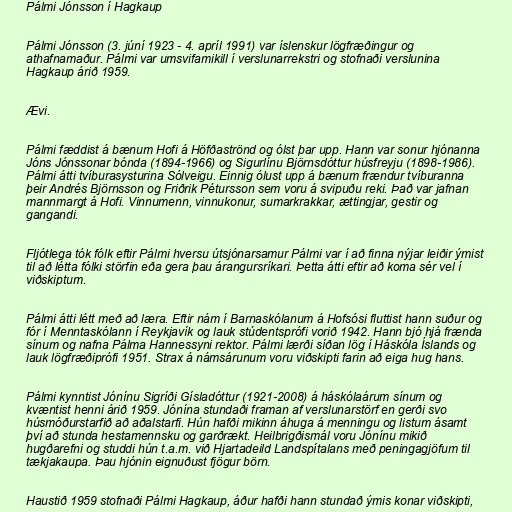
Pálmi Jónsson í Hagkaup

Pálmi Jónsson (3. júní 1923 - 4. apríl 1991) var íslenskur lögfræðingur og
athafnamaður. Pálmi var umsvifamikill í verslunarrekstri og stofnaði verslunina
Hagkaup árið 1959.

Ævi.

Pálmi fæddist á bænum Hofi á Höfðaströnd og ólst þar upp. Hann var sonur hjónanna
Jóns Jónssonar bónda (1894-1966) og Sigurlínu Björnsdóttur húsfreyju (1898-1986).
Pálmi átti tvíburasysturina Sólveigu. Einnig ólust upp á bænum frændur tvíburanna
þeir Andrés Björnsson og Friðrik Pétursson sem voru á svipuðu reki. Það var jafnan
mannmargt á Hofi. Vinnumenn, vinnukonur, sumarkrakkar, ættingjar, gestir og
gangandi.

Fljótlega tók fólk eftir Pálmi hversu útsjónarsamur Pálmi var í að finna nýjar leiðir ýmist
til að létta fólki störfin eða gera þau árangursríkari. Þetta átti eftir að koma sér vel í
viðskiptum.

Pálmi átti létt með að læra. Eftir nám í Barnaskólanum á Hofsósi fluttist hann suður og
fór í Menntaskólann í Reykjavík og lauk stúdentsprófi vorið 1942. Hann bjó hjá frænda
sínum og nafna Pálma Hannessyni rektor. Pálmi lærði síðan lög í Háskóla Íslands og
lauk lögfræðiprófi 1951. Strax á námsárunum voru viðskipti farin að eiga hug hans.

Pálmi kynntist Jónínu Sigríði Gísladóttur (1921-2008) á háskólaárum sínum og
kvæntist henni árið 1959. Jónína stundaði framan af verslunarstörf en gerði svo
húsmóðurstarfið að aðalstarfi. Hún hafði mikinn áhuga á menningu og listum ásamt
því að stunda hestamennsku og garðrækt. Heilbrigðismál voru Jónínu mikið
hugðarefni og studdi hún t.a.m. við Hjartadeild Landspítalans með peningagjöfum til
tækjakaupa. Þau hjónin eignuðust fjögur börn.

Haustið 1959 stofnaði Pálmi Hagkaup, áður hafði hann stundað ýmis konar viðskipti,